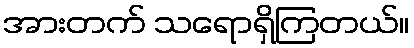
အားတက် သရောရှိကြတယ်။